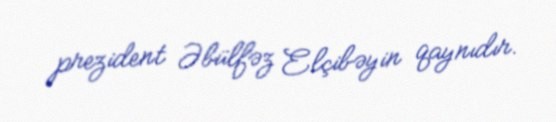
prezident Əbülfəz Elçibəyin qaynıdır.